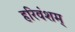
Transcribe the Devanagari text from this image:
हरिवंशम्